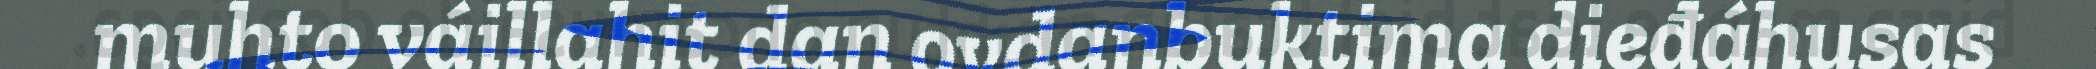
muhto váillahit dan ovdanbuktima dieđáhusas